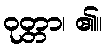
ဝုတ္တာ၊ ၏။